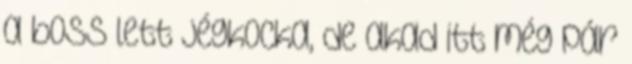
a boss lett jégkocka, de akad itt még pár